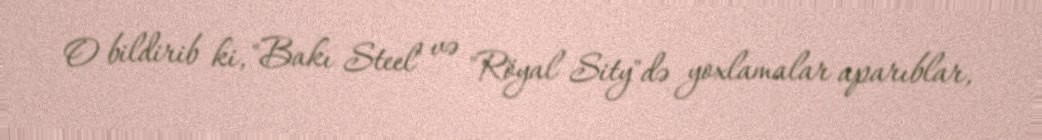
O bildirib ki, "Bakı Steel" və "Röyal Sity"də yoxlamalar aparıblar,